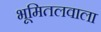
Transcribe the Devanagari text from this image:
भूमितलवाला